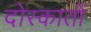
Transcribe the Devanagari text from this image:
दोस्कातों